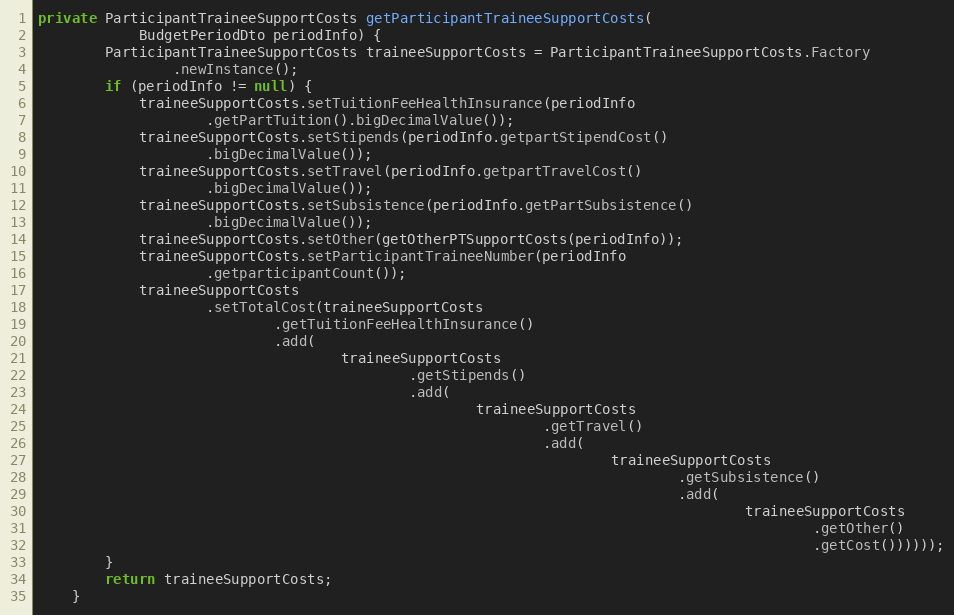
Language: Java
private ParticipantTraineeSupportCosts getParticipantTraineeSupportCosts(
			BudgetPeriodDto periodInfo) {
		ParticipantTraineeSupportCosts traineeSupportCosts = ParticipantTraineeSupportCosts.Factory
				.newInstance();
		if (periodInfo != null) {
			traineeSupportCosts.setTuitionFeeHealthInsurance(periodInfo
					.getPartTuition().bigDecimalValue());
			traineeSupportCosts.setStipends(periodInfo.getpartStipendCost()
					.bigDecimalValue());
			traineeSupportCosts.setTravel(periodInfo.getpartTravelCost()
					.bigDecimalValue());
			traineeSupportCosts.setSubsistence(periodInfo.getPartSubsistence()
					.bigDecimalValue());
			traineeSupportCosts.setOther(getOtherPTSupportCosts(periodInfo));
			traineeSupportCosts.setParticipantTraineeNumber(periodInfo
					.getparticipantCount());
			traineeSupportCosts
					.setTotalCost(traineeSupportCosts
							.getTuitionFeeHealthInsurance()
							.add(
									traineeSupportCosts
											.getStipends()
											.add(
													traineeSupportCosts
															.getTravel()
															.add(
																	traineeSupportCosts
																			.getSubsistence()
																			.add(
																					traineeSupportCosts
																							.getOther()
																							.getCost())))));
		}
		return traineeSupportCosts;
	}